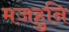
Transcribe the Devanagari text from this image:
मजहुनि